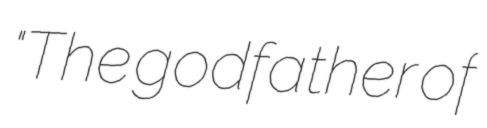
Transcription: "The godfather of